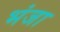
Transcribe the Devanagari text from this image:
भंजा